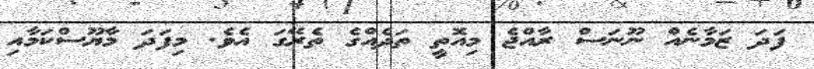
ފަދަ ޒަމާނެއް ނޫނަސް ރާއްޖެ މިއޮތީ ތަދެއްގެ ތެރޭގަ އެވެ. މިފަދަ މާޔޫސްކަމާއި